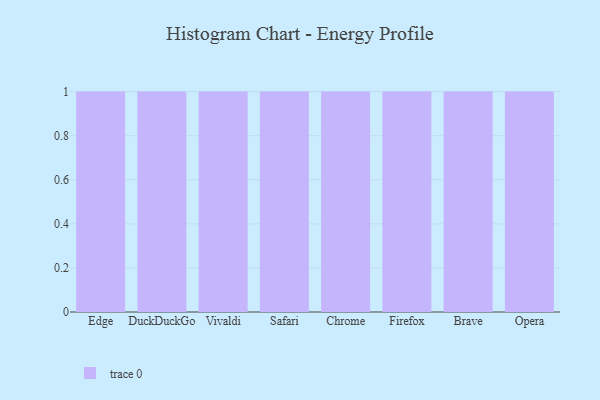
{"axis": {"x": "Browser", "y": "Humidity (%)"}, "legend": [""], "data": [{"x": "Edge", "y": 68, "type": ""}, {"x": "DuckDuckGo", "y": 67, "type": ""}, {"x": "Vivaldi", "y": 69, "type": ""}, {"x": "Safari", "y": 64, "type": ""}, {"x": "Chrome", "y": 35, "type": ""}, {"x": "Firefox", "y": 24, "type": ""}, {"x": "Brave", "y": 87, "type": ""}, {"x": "Opera", "y": 6, "type": ""}]}